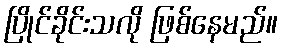
ပြိုင်ခိုင်းသလို ဖြစ်နေမည်။